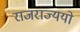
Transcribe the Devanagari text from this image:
राजराज्ययो